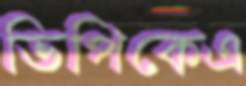
ভিপিকেএ